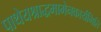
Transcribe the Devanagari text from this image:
पाथेयश्राद्धमामेनकार्यमिति